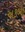
અકબા